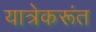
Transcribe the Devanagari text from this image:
यात्रेकरूंत